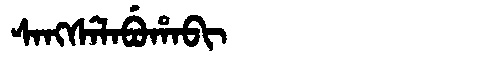
Manchu: ᠰᠠᠩᠰᡝᠯᠠᠪᡠᡥᠠᠪᡳ
Romanization: SANGSELABUHABI